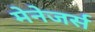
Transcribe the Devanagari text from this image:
मेनेजर्स